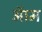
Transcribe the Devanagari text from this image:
ऑम